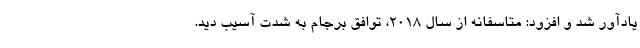
یادآور شد و افزود: متاسفانه از سال ۲۰۱۸، توافق برجام به شدت آسیب دید.